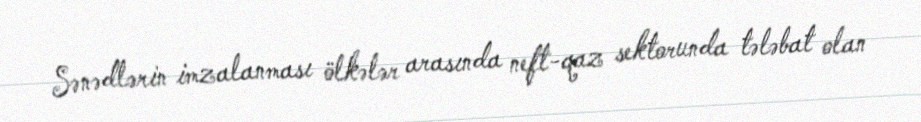
Sənədlərin imzalanması ölkələr arasında neft-qaz sektorunda tələbat olan